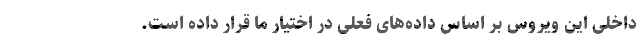
داخلی این ویروس بر اساس داده‌های فعلی در اختیار ما قرار داده است.